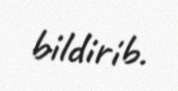
bildirib.